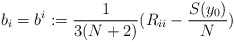
\begin{align*} b_i=b^i:= \frac{1}{3(N+2)} (R_{ii} -\frac{S(y_0)}{N}) \end{align*}